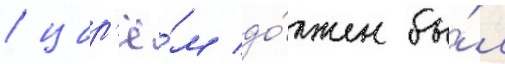
/ цар'ё́м до́лжен бы́л